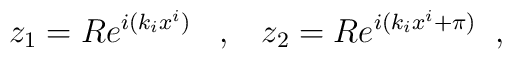
z_{1}=Re^{i(k_{i}x^{i})} \;\;\;,\;\;\; z_{2}=Re^{i(k_{i}x^{i}+\pi)} \;\;,